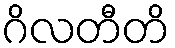
ဂိလတီတိ